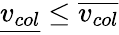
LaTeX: {\underline{{v_{col}}}}\leq{\overline{{v_{col}}}}